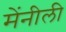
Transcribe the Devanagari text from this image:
मेंनीली